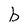
Character: b